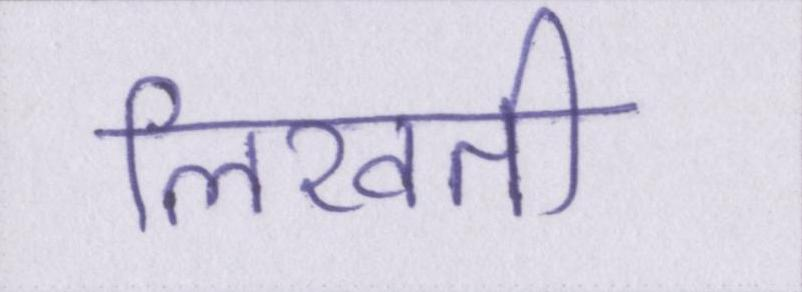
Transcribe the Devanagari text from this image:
लिखती